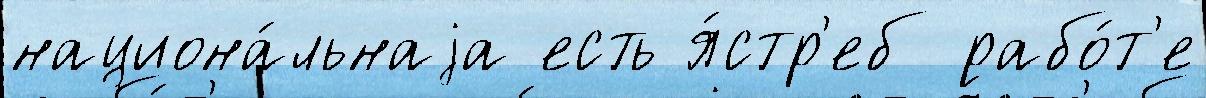
национа́льнаjа есть я́стр'еб рабо́т'е